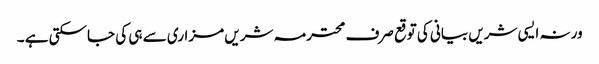
ورنہ ایسی شریں بیانی کی توقع صرف محترمہ شریں مزاری سے ہی کی جاسکتی ہے ۔